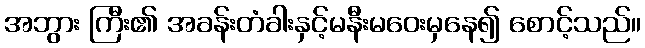
အဘွား ကြီး၏ အခန်းတံခါးနှင့်မနီးမဝေးမှနေ၍ စောင့်သည်။